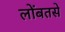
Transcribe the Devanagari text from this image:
लोंबतसे